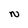
Character: N